Scientific memoirs by medical officers of the Army of India - Part X,
Year: 1897
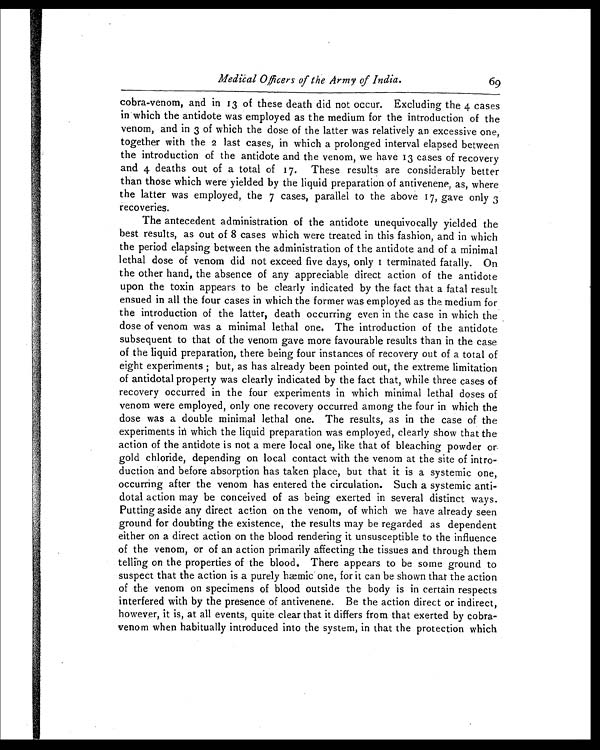
Medical Officers. of the Army of India.
69
cobra-venom, and in 13 of these death did not occur. Excluding the 4 cases
in which the antidote was employed as the medium for the introduction of the
venom, and in 3 of which the dose of the latter was relatively an excessive one,
together with the 2 last cases, in which a prolonged interval elapsed between
the introduction of the antidote and the venom, we have 13 cases of recovery
and 4 deaths out of a total of 17. These results are considerably better
than those which were yielded by the liquid preparation of antivenene, as, where
the latter was employed, the 7 cases, parallel to the above 17, gave only 3
recoveries.
The antecedent administration of the antidote unequivocally yielded the
best results, as out of 8 cases which were treated in this fashion, and in which
the period elapsing between the administration of the antidote and of a minimal
lethal dose of venom did not exceed five days, only 1 terminated fatally. On
the other hand, the absence of any appreciable direct action of the antidote
upon the toxin appears to be clearly indicated by the fact that a fatal result
ensued in all the four cases in which the former was employed as the medium for
the introduction of the latter, death occurring even in the case in which the
dose of venom was a minimal lethal one. The introduction of the antidote
subsequent to that of the venom gave more favourable results than in the case
of the liquid preparation, there being four instances of recovery out of a total of
eight experiments ; but, as has already been pointed out, the extreme limitation
of antidotal property was clearly indicated by the fact that, while three cases of
recovery occurred in the four experiments in which minimal lethal doses of
venom were employed, only one recovery occurred among the four in which the
dose was a double minimal lethal one. The results, as in the case of the
experiments in which the liquid preparation was employed, clearly show that the
action of the antidote is not a mere local one, like that of bleaching powder or-
gold chloride, depending on local contact with the venom at the site of intro-
duction and before absorption has taken place, but that it is a systemic one,
occurring after the venom has entered the circulation. Such a systemic anti-
dotal action may be conceived of as being exerted in several distinct ways.
Putting aside any direct action on the venom, of which we have already seen
ground for doubting the existence, the results may be regarded as dependent
either on a direct action on the blood rendering it unsusceptible to the influence
of the venom, or of an action primarily affecting the tissues and through them
telling on the properties of the blood. There appears to be some ground to
suspect that the action is a purely hæmic one, for it can be shown that the action
of the venom on specimens of blood outside the body is in certain respects
interfered with by the presence of antivenene. Be the action direct or indirect,
however, it is, at all events, quite clear that it differs from that exerted by cobra-
venom when habitually introduced into the system, in that the protection which